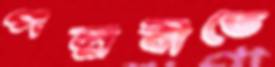
পল্লবীতে